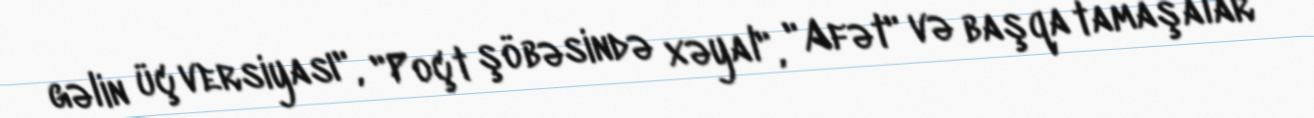
gəlin üç versiyası", "Poçt şöbəsində xəyal", "Afət" və başqa tamaşalar